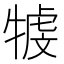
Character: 𤚳